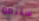
ستنمو